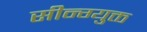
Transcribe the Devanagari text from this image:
सीन्ग्युक्त